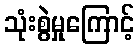
သုံးစွဲမှုကြောင့်